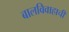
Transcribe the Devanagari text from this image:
बालविवाहाची